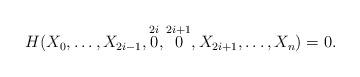
LaTeX: \begin{align*}H(X_0, \dots , X_{2i-1}, \overset{2i}{0}, \overset{2i+1}{0}, X_{2i+1}, \dots , X_n) =0.\end{align*}